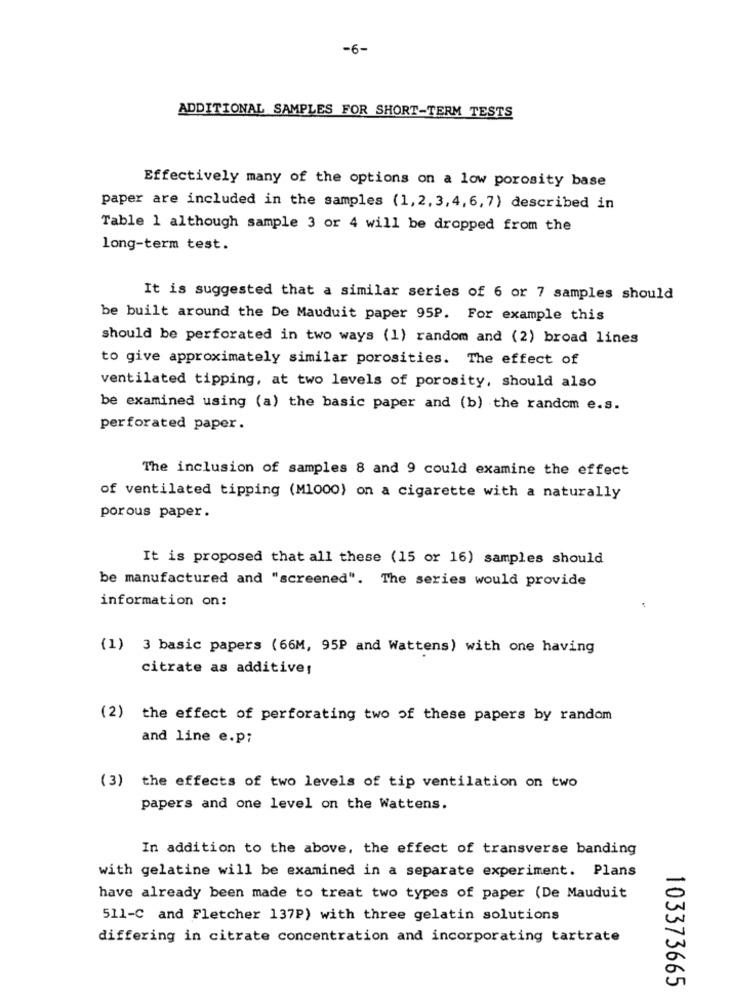
-6-
ADDITIONAL SAMPLES FOR SHORT-TERM TESTS
Effectively many of the options on a low porosity base
paper are included in the samples (1,2, 3,4,6, 7) described in
Table 1 although sample 3 or 4 will be dropped from the
long-term test.
It is suggested that a similar series of 6 or 7 samples should
be built around the De Mauduit paper 95P. For example this
should be perforated in two ways (1) random and (2) broad lines
to give approximately similar porosities. The effect of
ventilated tipping, at two levels of porosity, should also
be examined using (a) the basic paper and (b) the random e.s.
perforated paper.
The inclusion of samples 8 and 9 could examine the effect
of ventilated tipping (M1000) on a cigarette with a naturally
porous paper.
It is proposed that all these (15 or 16) samples should
be manufactured and "screened". The series would provide
information on:
(1) 3 basic papers (66M, 95P and Wattens) with one having
citrate as additives
(2) the effect of perforating two of these papers by random
and line e.p;
(3) the effects of two levels of tip ventilation on two
papers and one level on the Wattens.
In addition to the above, the effect of transverse banding
with gelatine will be examined in a separate experiment. Plans
have already been made to treat two types of paper (De Mauduit
511-C and Fletcher 137P) with three gelatin solutions
differing in citrate concentration and incorporating tartrate
103373665